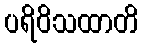
ပရိဝိသထာတိ